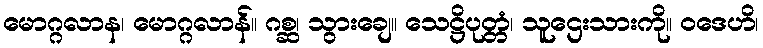
မောဂ္ဂလာန၊ မောဂ္ဂလာန်။ ဂစ္ဆ၊ သွားချေ။ သေဋ္ဌိပုတ္တံ၊ သူဌေးသားကို။ ဝဒေဟိ၊